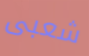
شعبى